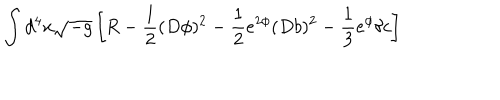
LaTeX: \int d ^ { 4 } x \sqrt { - g } \left[ R - \frac { 1 } { 2 } ( D \phi ) ^ { 2 } - \frac { 1 } { 2 } e ^ { 2 \phi } ( D b ) ^ { 2 } - \frac { 1 } { 3 } e ^ { \phi } \delta c \right]